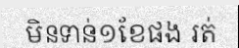
មិនទាន់១ខែផង រត់